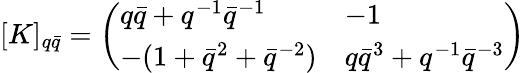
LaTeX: \lbrack K]_{q\bar{q}}=\left(\begin{array}{ll}{{q\bar{q}+q^{-1}\bar{q}^{-1}}}&{{-1}}\\ {{-(1+\bar{q}^{2}+\bar{q}^{-2})}}&{{q\bar{q}^{3}+q^{-1}\bar{q}^{-3}}}\end{array}\right)